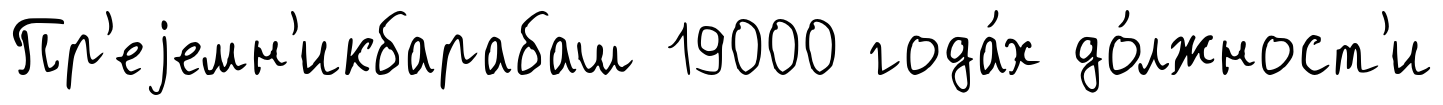
Пр'еjемн'икбарабаш 19000 года́х до́лжност'и